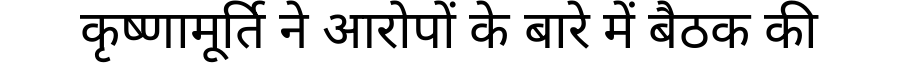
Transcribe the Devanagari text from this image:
कृष्णामूर्ति ने आरोपों के बारे में बैठक की